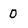
Character: D